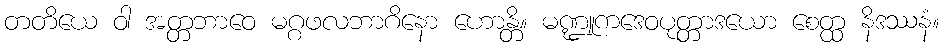
တတိယေ ဝါ အတ္တဘာဝေ မဂ္ဂဖလဘာဂိနော ဟောန္တိ။ မဏ္ဍူကဒေဝပုတ္တာဒယော စေတ္ထ နိဒဿနံ။